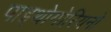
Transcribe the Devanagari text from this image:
पाइथोगोरियनो